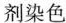
剂染色